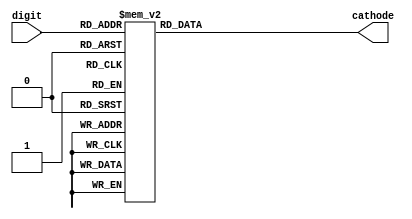
`timescale 1ns / 1ps
//////////////////////////////////////////////////////////////////////////////////
// Company: 
// Engineer: 
// 
// Design Name: 
// Module Name:    display 
// Project Name: 
// Target Devices: 
// Tool versions: 
// Description: 
//
// Dependencies: 
//
// Revision: 
// Revision 0.01 - File Created
// Additional Comments: 
//
//////////////////////////////////////////////////////////////////////////////////
module segments(input [3:0] digit,
					output reg [6:0] cathode);

always @* begin
	case (digit) 		  //ABCDEFG
		4'd0: cathode = 7'b0000001;
		4'd1: cathode = 7'b1001111;
		4'd2: cathode = 7'b0010010;
		4'd3: cathode = 7'b0000110;
		4'd4: cathode = 7'b1001100;
		4'd5: cathode = 7'b0100100;
		4'd6: cathode = 7'b0100000;
		4'd7: cathode = 7'b0001111;
		4'd8: cathode = 7'b0000000;
		4'd9: cathode = 7'b0000100;
		default: cathode = 7'b1111111;
	endcase 
	end
	
endmodule